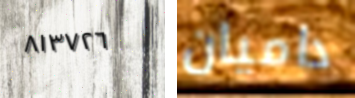
٨١٣٧٢٦ داميان